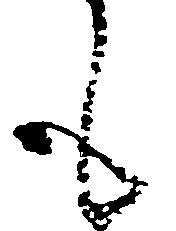
も